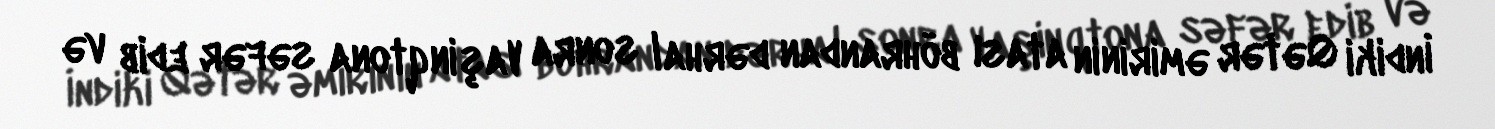
İndiki Qətər əmirinin atası böhrandan dərhal sonra Vaşinqtona səfər edib və